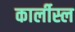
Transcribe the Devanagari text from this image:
कार्लीस्ल